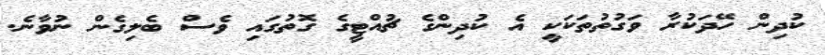
ކުދިން ހޭދަކުރާ ވަގުތުތަކަކީ އެ ކުދިންގެ ޗުއްޓީގެ ގޮތުގައި ވެސް ބެލިގެން ނުވާނެ.